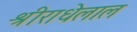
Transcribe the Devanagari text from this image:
श्रीराधेलाल